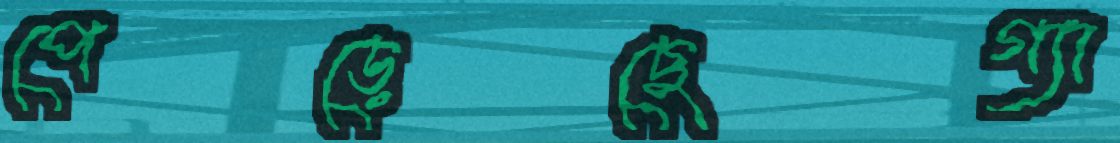
পেড়েছেগ্যা